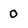
Character: 0